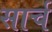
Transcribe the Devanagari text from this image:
सार्च